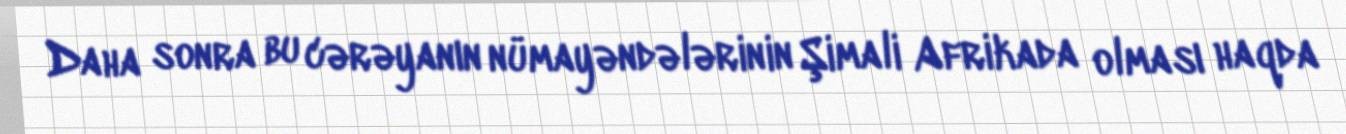
Daha sonra bu cərəyanın nümayəndələrinin Şimali Afrikada olması haqda